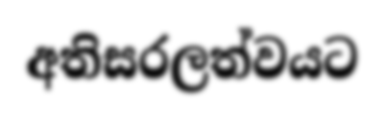
අතිසරලත්වයට